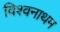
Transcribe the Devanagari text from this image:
विश्वनाथम